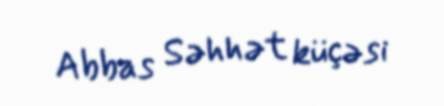
Abbas Səhhət küçəsi